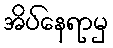
အိပ်နေရာမှ